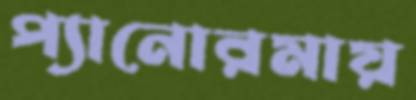
প্যানোরমায়